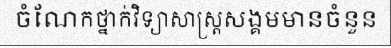
ចំណែកថ្នាក់វិទ្យាសាស្ត្រសង្គមមានចំនួន